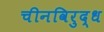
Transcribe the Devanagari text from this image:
चीनविरुद्ध